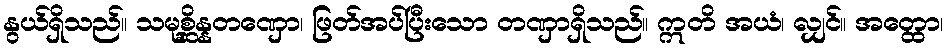
နွယ်ရှိသည်။ သမုစ္ဆိန္နတဏှော၊ ဖြတ်အပ်ပြီးသော တဏှာရှိသည်။ ဣတိ အယံ၊ လျှင်။ အတ္ထော၊